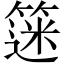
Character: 𫂗